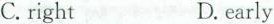
C.right D.early